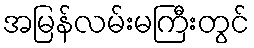
အမြန်လမ်းမကြီးတွင်